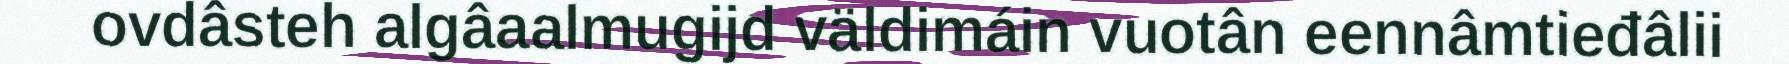
ovdâsteh algâaalmugijd väldimáin vuotân eennâmtieđâlii